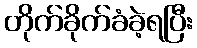
တိုက်ခိုက်ခံခဲ့ရပြီး